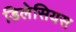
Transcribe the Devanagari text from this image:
डिलेसियस